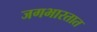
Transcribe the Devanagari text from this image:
जगभारतात